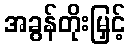
အခွန်တိုးမြှင့်